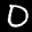
Label: 0